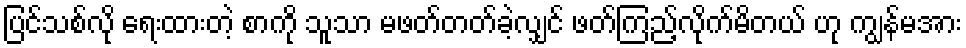
ပြင်သစ်လို ရေးထားတဲ့ စာကို သူသာ မဖတ်တတ်ခဲ့လျှင် ဖတ်ကြည့်လိုက်မိတယ် ဟု ကျွန်မအား